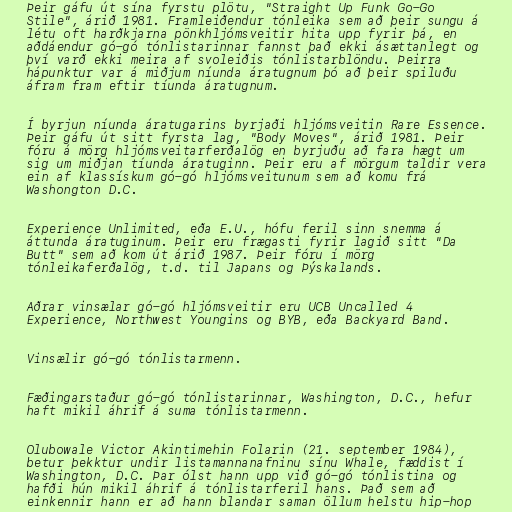
Þeir gáfu út sína fyrstu plötu, "Straight Up Funk Go-Go
Stile", árið 1981. Framleiðendur tónleika sem að þeir sungu á
létu oft harðkjarna pönkhljómsveitir hita upp fyrir þá, en
aðdáendur gó-gó tónlistarinnar fannst það ekki ásættanlegt og
því varð ekki meira af svoleiðis tónlistarblöndu. Þeirra
hápunktur var á miðjum níunda áratugnum þó að þeir spiluðu
áfram fram eftir tíunda áratugnum.

Í byrjun níunda áratugarins byrjaði hljómsveitin Rare Essence.
Þeir gáfu út sitt fyrsta lag, "Body Moves", árið 1981. Þeir
fóru á mörg hljómsveitarferðalög en byrjuðu að fara hægt um
sig um miðjan tíunda áratuginn. Þeir eru af mörgum taldir vera
ein af klassískum gó-gó hljómsveitunum sem að komu frá
Washongton D.C.

Experience Unlimited, eða E.U., hófu feril sinn snemma á
áttunda áratuginum. Þeir eru frægasti fyrir lagið sitt "Da
Butt" sem að kom út árið 1987. Þeir fóru í mörg
tónleikaferðalög, t.d. til Japans og Þýskalands.

Aðrar vinsælar gó-gó hljómsveitir eru UCB Uncalled 4
Experience, Northwest Youngins og BYB, eða Backyard Band.

Vinsælir gó-gó tónlistarmenn.

Fæðingarstaður gó-gó tónlistarinnar, Washington, D.C., hefur
haft mikil áhrif á suma tónlistarmenn.

Olubowale Victor Akintimehin Folarin (21. september 1984),
betur þekktur undir listamannanafninu sínu Whale, fæddist í
Washington, D.C. Þar ólst hann upp við gó-gó tónlistina og
hafði hún mikil áhrif á tónlistarferil hans. Það sem að
einkennir hann er að hann blandar saman öllum helstu hip-hop